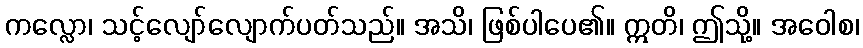
ကလ္လော၊ သင့်လျော်လျောက်ပတ်သည်။ အသိ၊ ဖြစ်ပါပေ၏။ ဣတိ၊ ဤသို့။ အဝေါစ၊